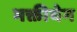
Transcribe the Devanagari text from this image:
भक्तीयेग